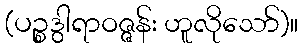
(ပဉ္စဒွါရာဝဇ္ဇန်း ဟူလိုသော်)။